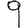
Digit: 9